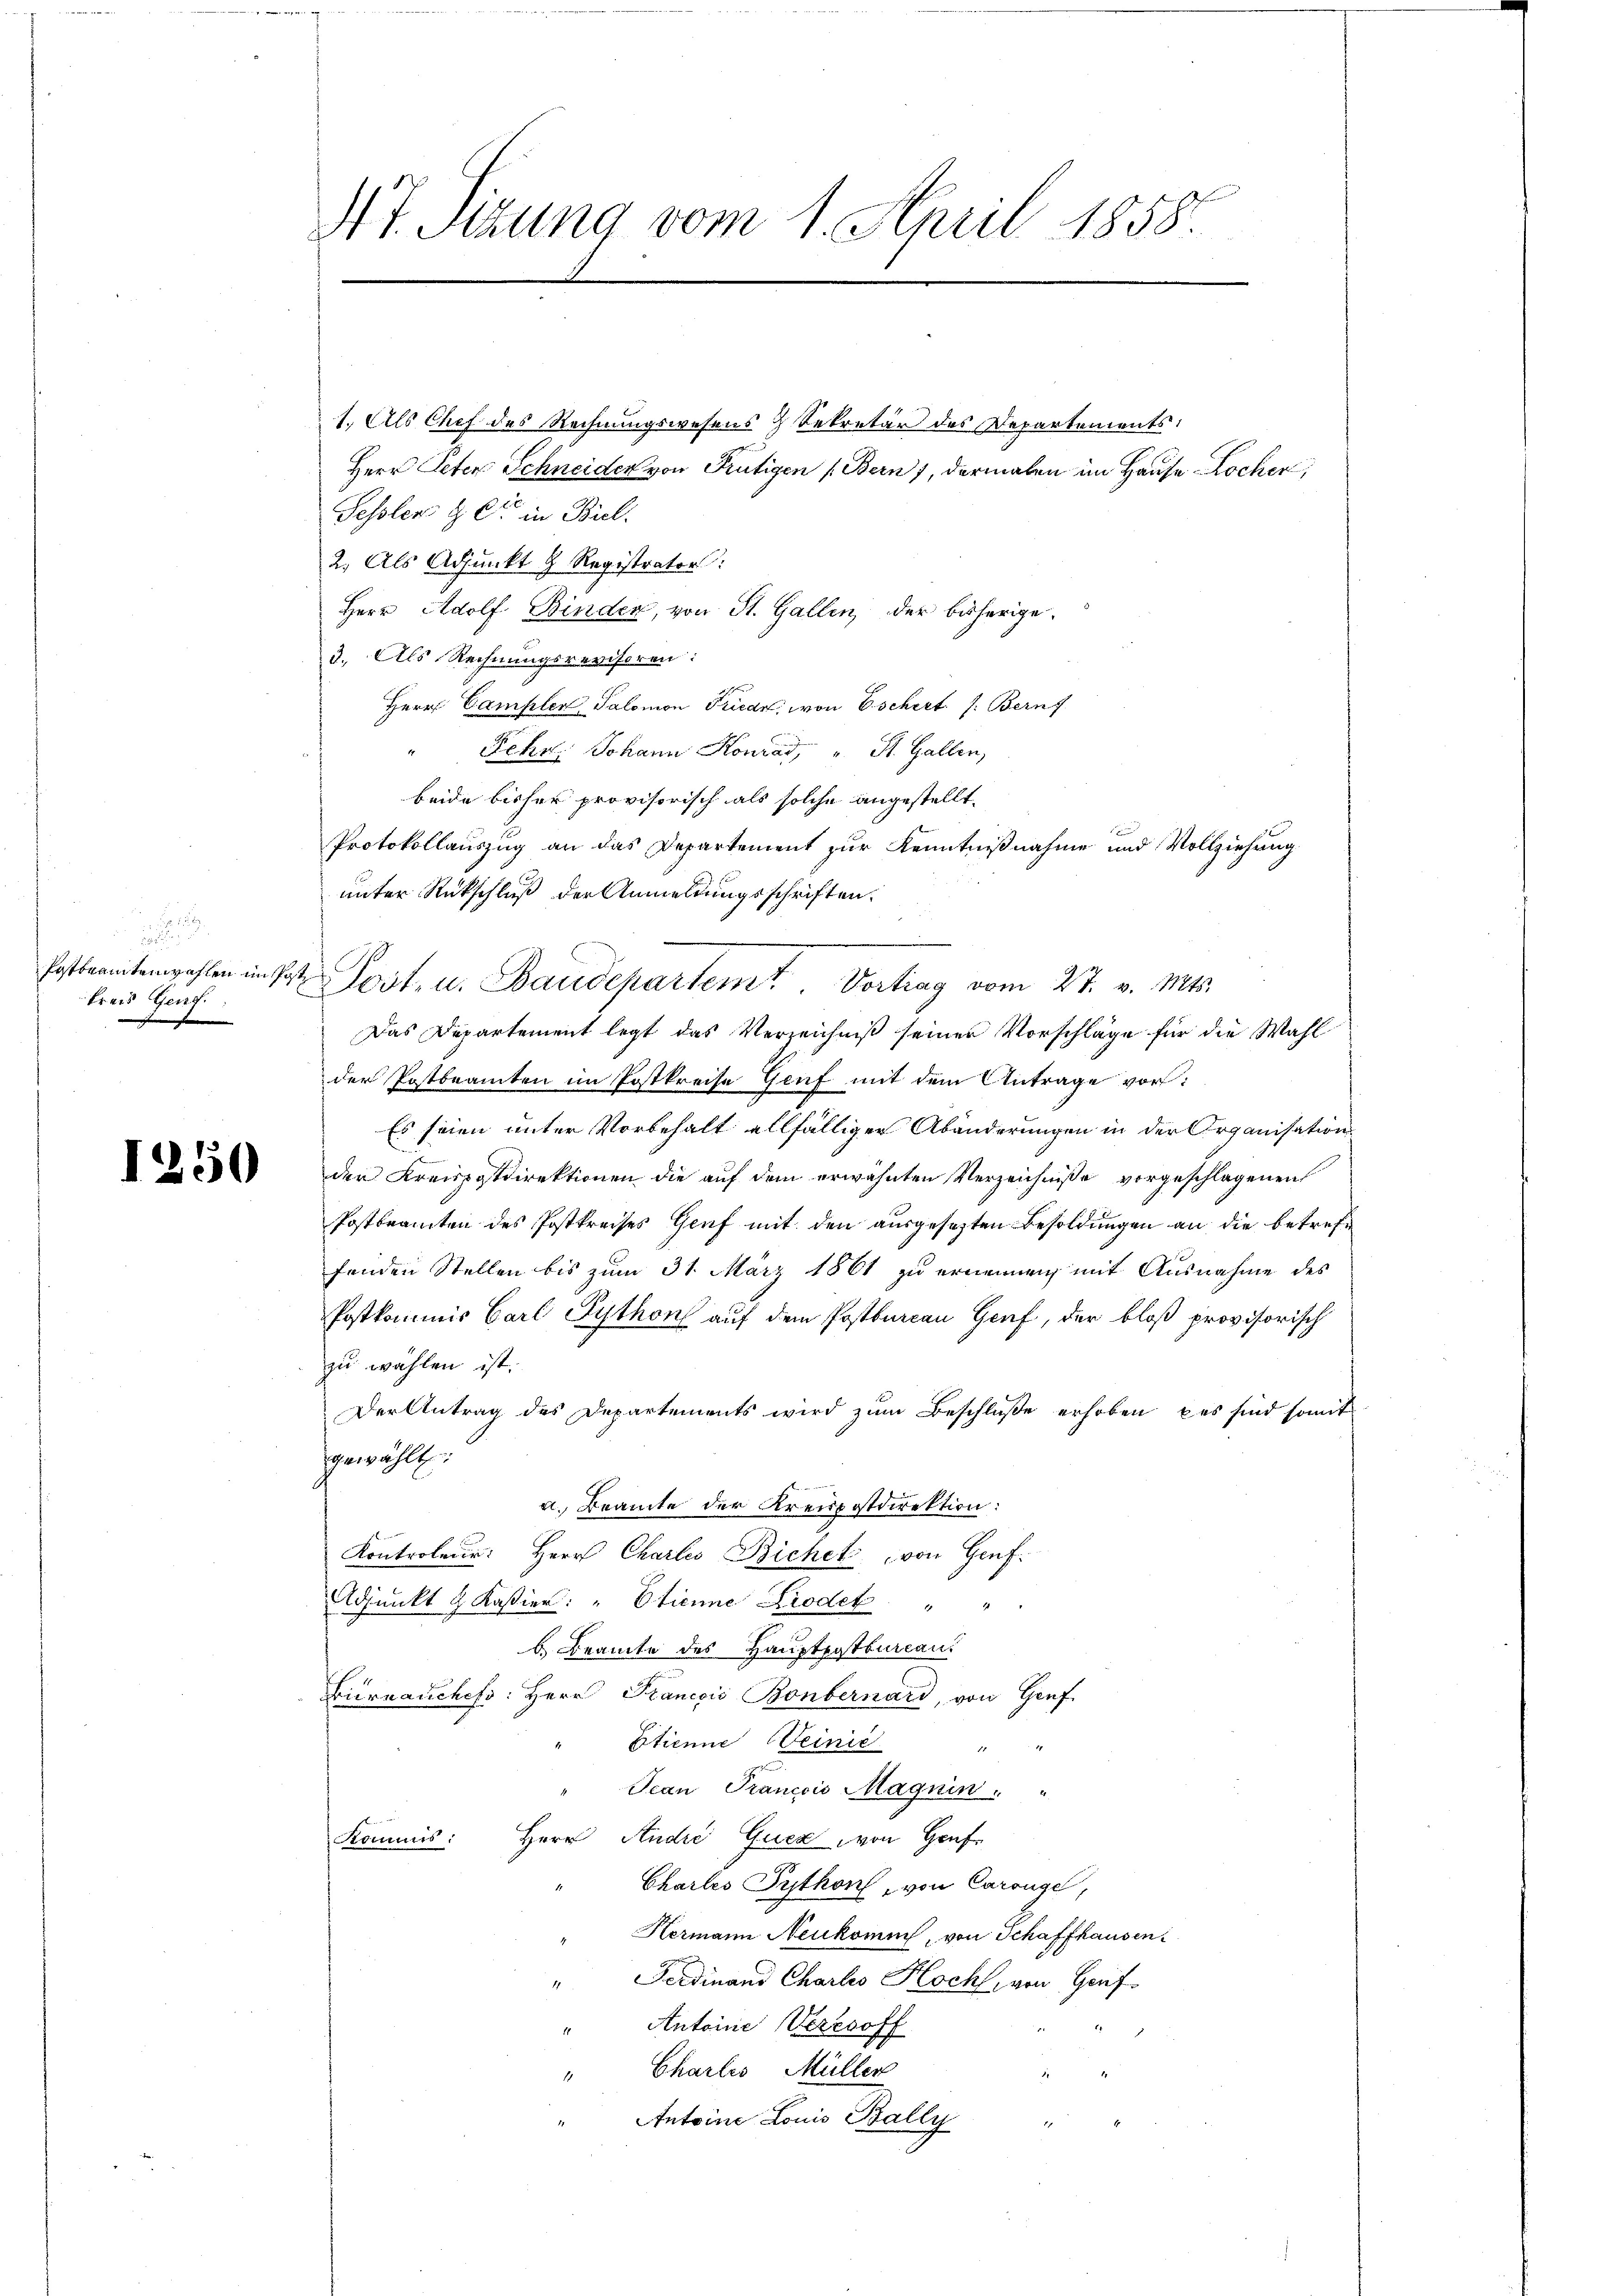
.

Preis Genf.

117. Sizung vom 1. April 1858.

1. Als Chef des Rechnungswesens 3 Sekretär des Departements
Herr Peter Schneiden von Frutigen (Bern), dermalen im Hause Lochen,
Fessler & Cie in Biel.
2.) Als Adjunkt & Registrator
Herr Adolf Binder, von St. Gallen, der bisherige.
3. Als Rechnungsrevisoren:
Herr Camplex Salomon Friedr. von Eschert. 1: Bern f
" Schr. Johann Konrad, " St. Gallen,
beide bisher provisorisch als solche angestellt.
Protokollauszug an das Departement zur Kenntnißnahme und Vollziehung
unter Rückschluß der Anmeldungsschriften.
Postbratenwahlen in Post. Post- u. Baudepartemt. Vortrag vom 27. v. Mts.
Das Departement legt das Verzeichniß seiner Vorschläge für die Wahl
der Postbeamten im Postkreise Genf mit dem Antrage vor:
Es seien unter Vorbehalt allfälliger Abänderungen in der Organisation
 den Kreisgsdirektionen die aŭf dem erwähnten Verzeichniße vorgeschlagenen
Postbeamten des Postkreises Genf mit den ausgesetzten Besoldungen an die betreffenden Stellen bis zum 31. März 1861 zu ernennen, mit Ausnahme des
Postkommis Carl Python auf dem Postbureau Genf, der bloß provisorisch
zu wählen ist.
Der Antrag des Departements wird zŭm Beschluße erhoben, das sind somit
gewählt:
a. Beamte der Kreupostdirektion:
Kontroler: Herr Charlei Bichet von Genf.
Adjunkt & Kassier: " Etienne Krodek " "
b. Beamte des Hauptpostbureau.
Bürnauchefs: Herr Francois Bonbernard, von Genf
" Etienne einic
Jean Francois Magnin: "
Kommis: Herr André Guez von Genf
Charles Python, von Carouge,
Hermann Neukommt, von Schaffhausen
" Ferdinand Chartes Koch, von Gorf-
Antoine Verzsoff
Charlis Müller
Antoine Louis Bally
.
t